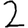
Digit: 2